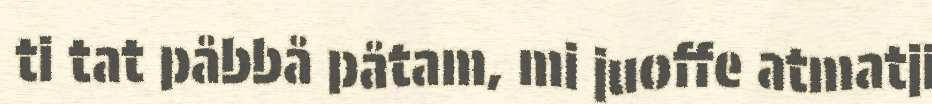
ti tat påbbå påtam, mi juoffe atmatji